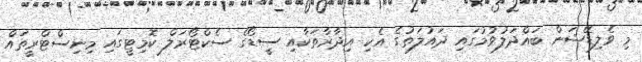
މި ވެލިޑޭޝަން ބައްދަލުވުމުގައި ދައުލަތުގެ އެކި އިދާރާތަކާއި ސީޑޯގެ ސެކްޓޯރަލް ކޮމިޓީގައި މިނިސްޓްރީތައް